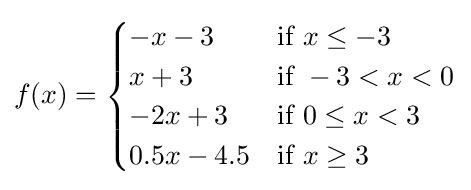
f(x)={\begin{cases}-x-3&{\text{if }}x\leq -3\\x+3&{\text{if }}-3<x<0\\-2x+3&{\text{if }}0\leq x<3\\0.5x-4.5&{\text{if }}x\geq 3\end{cases}}